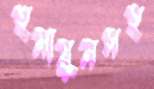
হুমায়ুনসহ